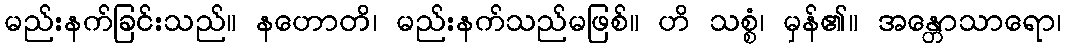
မည်းနက်ခြင်းသည်။ နဟောတိ၊ မည်းနက်သည်မဖြစ်။ ဟိ သစ္စံ၊ မှန်၏။ အန္တောသာရော၊